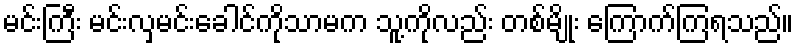
မင်းကြီး မင်းလှမင်းခေါင်ကိုသာမက သူ့ကိုလည်း တစ်မျိုး ကြောက်ကြရသည်။